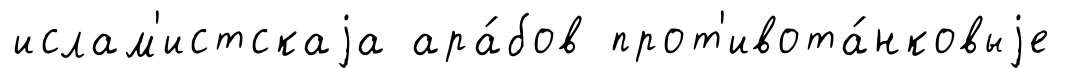
ислам'истскаjа ара́бов прот'ивота́нковыjе